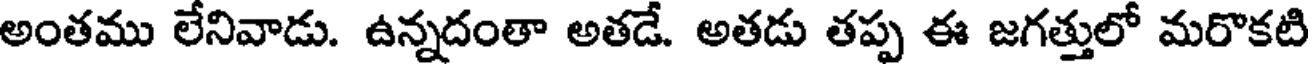
అంతము లేనివాడు. ఉన్నదంతా అతడే. అతడు తప్ప ఈ జగత్తులో మరొకటి